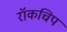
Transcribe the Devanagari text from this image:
रॉकचिप